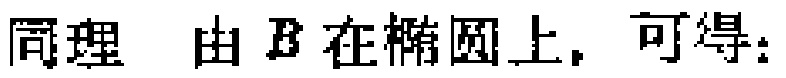
同理 由\(B\)在椭圆上，可得：